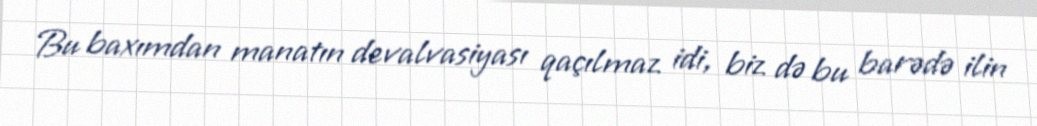
Bu baxımdan manatın devalvasiyası qaçılmaz idi, biz də bu barədə ilin